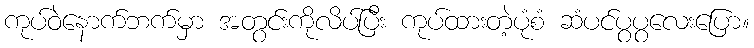
ကုပ်ဝဲနောက်ဘက်မှာ အတွင်းကိုလိပ်ပြီး ကုပ်ထားတဲ့ပုံစံ ဆံပင်ပွပွလေးပြော။